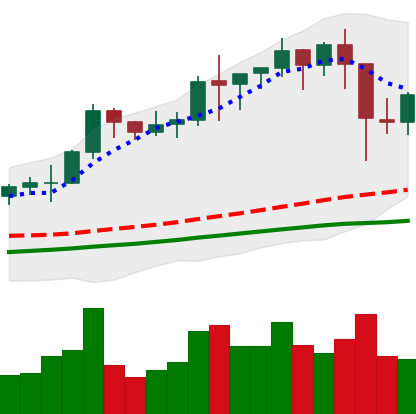
Ticker: BNB-USD
Chart end date: 2021-01-13
Forward return: 12.999%
Label: up_7plus